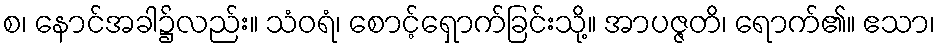
စ၊ နောင်အခါ၌လည်း။ သံဝရံ၊ စောင့်ရှောက်ခြင်းသို့။ အာပဇ္ဇတိ၊ ရောက်၏။ ဧသာ၊